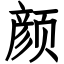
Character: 颜